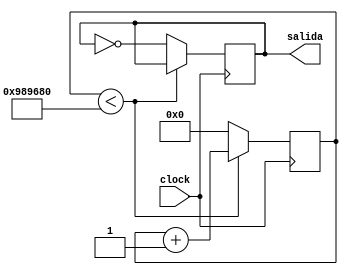
`timescale 1ns / 1ps
//////////////////////////////////////////////////////////////////////////////////
// Company: 
// Engineer: 
// 
// Design Name: 
// Module Name:    relojSegundos 
// Project Name: 
// Target Devices: 
// Tool versions: 
// Description: 
//
// Dependencies: 
//
// Revision: 
// Revision 0.01 - File Created
// Additional Comments: 
//
//////////////////////////////////////////////////////////////////////////////////
module relojSegundos(clock,salida);
input clock;
output salida;

reg freq=0;
reg[25:0]count=0;

 always @ (posedge clock)
 begin
		if(count<10000000)
		  begin
		  count <= count+1;
		  end
		 else 
		  begin
		  count <= 0;
		  freq <= ~freq;
		 // freq <= freq +1;
		  end
  end
     
  assign salida = freq; 

endmodule